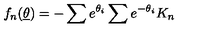
f _ { n } ( \underline { { \theta } } ) = - \sum e ^ { \theta _ { i } } \sum e ^ { - \theta _ { i } } K _ { n }